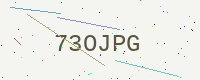
Text: 73OJPG